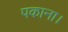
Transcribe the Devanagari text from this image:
पकाना।